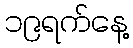
၁၉ရက်နေ့